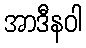
အာဒီနဝါ